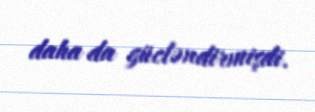
daha da gücləndirmişdi.